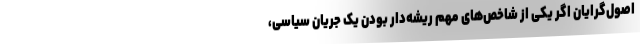
اصول‌گرایان اگر یکی از شاخص‌های مهم ریشه‌دار بودن یک جریان سیاسی،